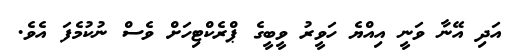
އަދި އޭނާ ވަނީ އިއްޔެ ހަވީރު ވީބީގެ ޕްރެކްޓިހަށް ވެސް ނުކުމެފަ އެވެ.